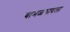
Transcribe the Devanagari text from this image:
बाभळगावला